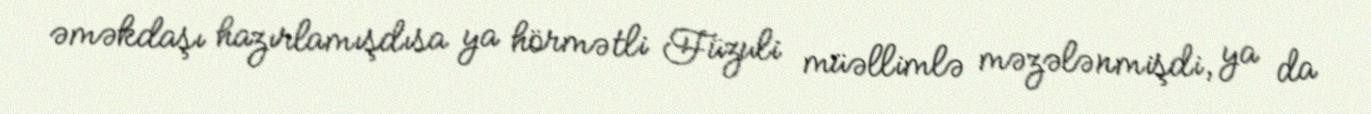
əməkdaşı hazırlamışdısa ya hörmətli Füzuli müəllimlə məzələnmişdi, ya da